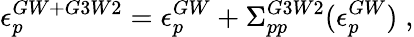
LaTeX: \epsilon_{p}^{GW+G3W2}=\epsilon_{p}^{GW}+\Sigma_{pp}^{G3W2}(\epsilon_{p}^{GW})\; ,